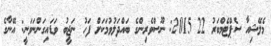
މެލޭޝިއާ ސެޕްޓެމްބަރު 22 2015: ނޫސްވެރިންގެ ބައްދަލުވުމަކަށް ފަހު ނަޖީބު ވަޑައިގަންނަވަނީ: އޭނާގެ